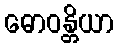
ဓောဝန္တိယာ